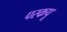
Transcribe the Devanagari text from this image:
पस्कपू